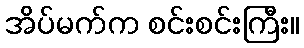
အိပ်မက်က စင်းစင်းကြီး။